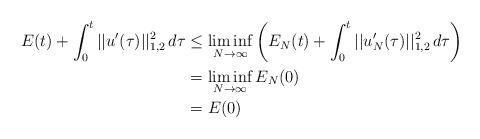
LaTeX: \begin{align*}E(t) + \int_0^t ||u'(\tau)||_{1,2}^2\,d\tau &\leq \liminf_{N\to\infty}\left( E_N(t) + \int_0^t ||u_N'(\tau)||_{1,2}^2 \,d\tau \right) \\&= \liminf_{N\to\infty}E_N(0) \\&=E(0)\end{align*}